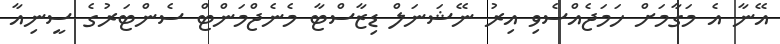
އޭނާ އެ މަގާމަށް ހަމަޖެއްސެވި އިރު ނޭޝަނަލް ޑިޒާސްޓާ މެނެޖްމަންޓް ސެންޓަރުގެ ސީނިއާ